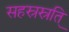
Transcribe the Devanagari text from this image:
सहस्रस्रुति